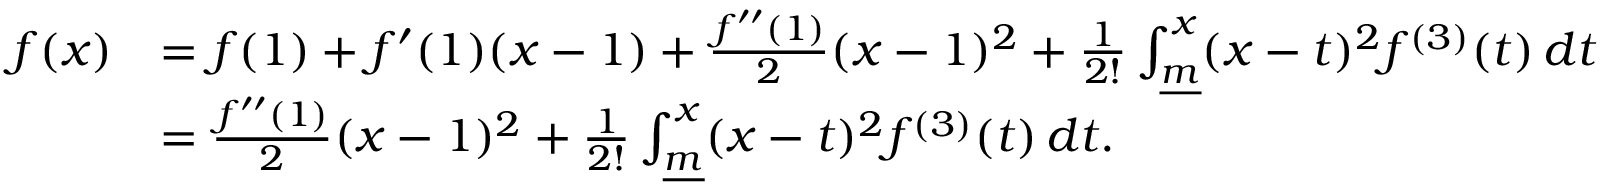
\begin{array} { r l } { f ( x ) } & { = f ( 1 ) + f ^ { \prime } ( 1 ) ( x - 1 ) + \frac { f ^ { \prime \prime } ( 1 ) } { 2 } ( x - 1 ) ^ { 2 } + \frac { 1 } { 2 ! } \int _ { \underline { { m } } } ^ { x } ( x - t ) ^ { 2 } f ^ { ( 3 ) } ( t ) \, d t } \\ & { = \frac { f ^ { \prime \prime } ( 1 ) } { 2 } ( x - 1 ) ^ { 2 } + \frac { 1 } { 2 ! } \int _ { \underline { { m } } } ^ { x } ( x - t ) ^ { 2 } f ^ { ( 3 ) } ( t ) \, d t . } \end{array}